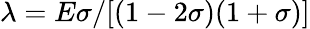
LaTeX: \lambda={E\sigma}/[{(1-2\sigma)(1+\sigma)}]